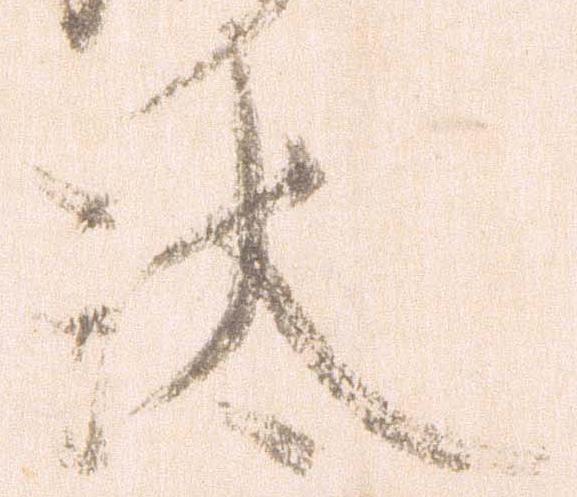
汰